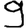
Digit: 9